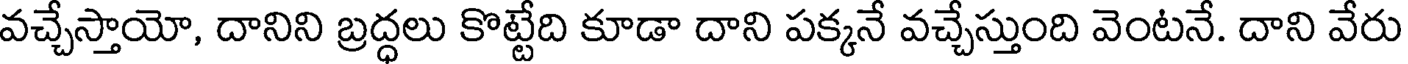
వచ్చేస్తాయో, దానిని బ్రద్ధలు కొట్టేది కూడా దాని పక్కనే వచ్చేస్తుంది వెంటనే. దాని వేరు